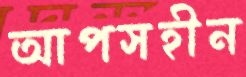
আপসহীন